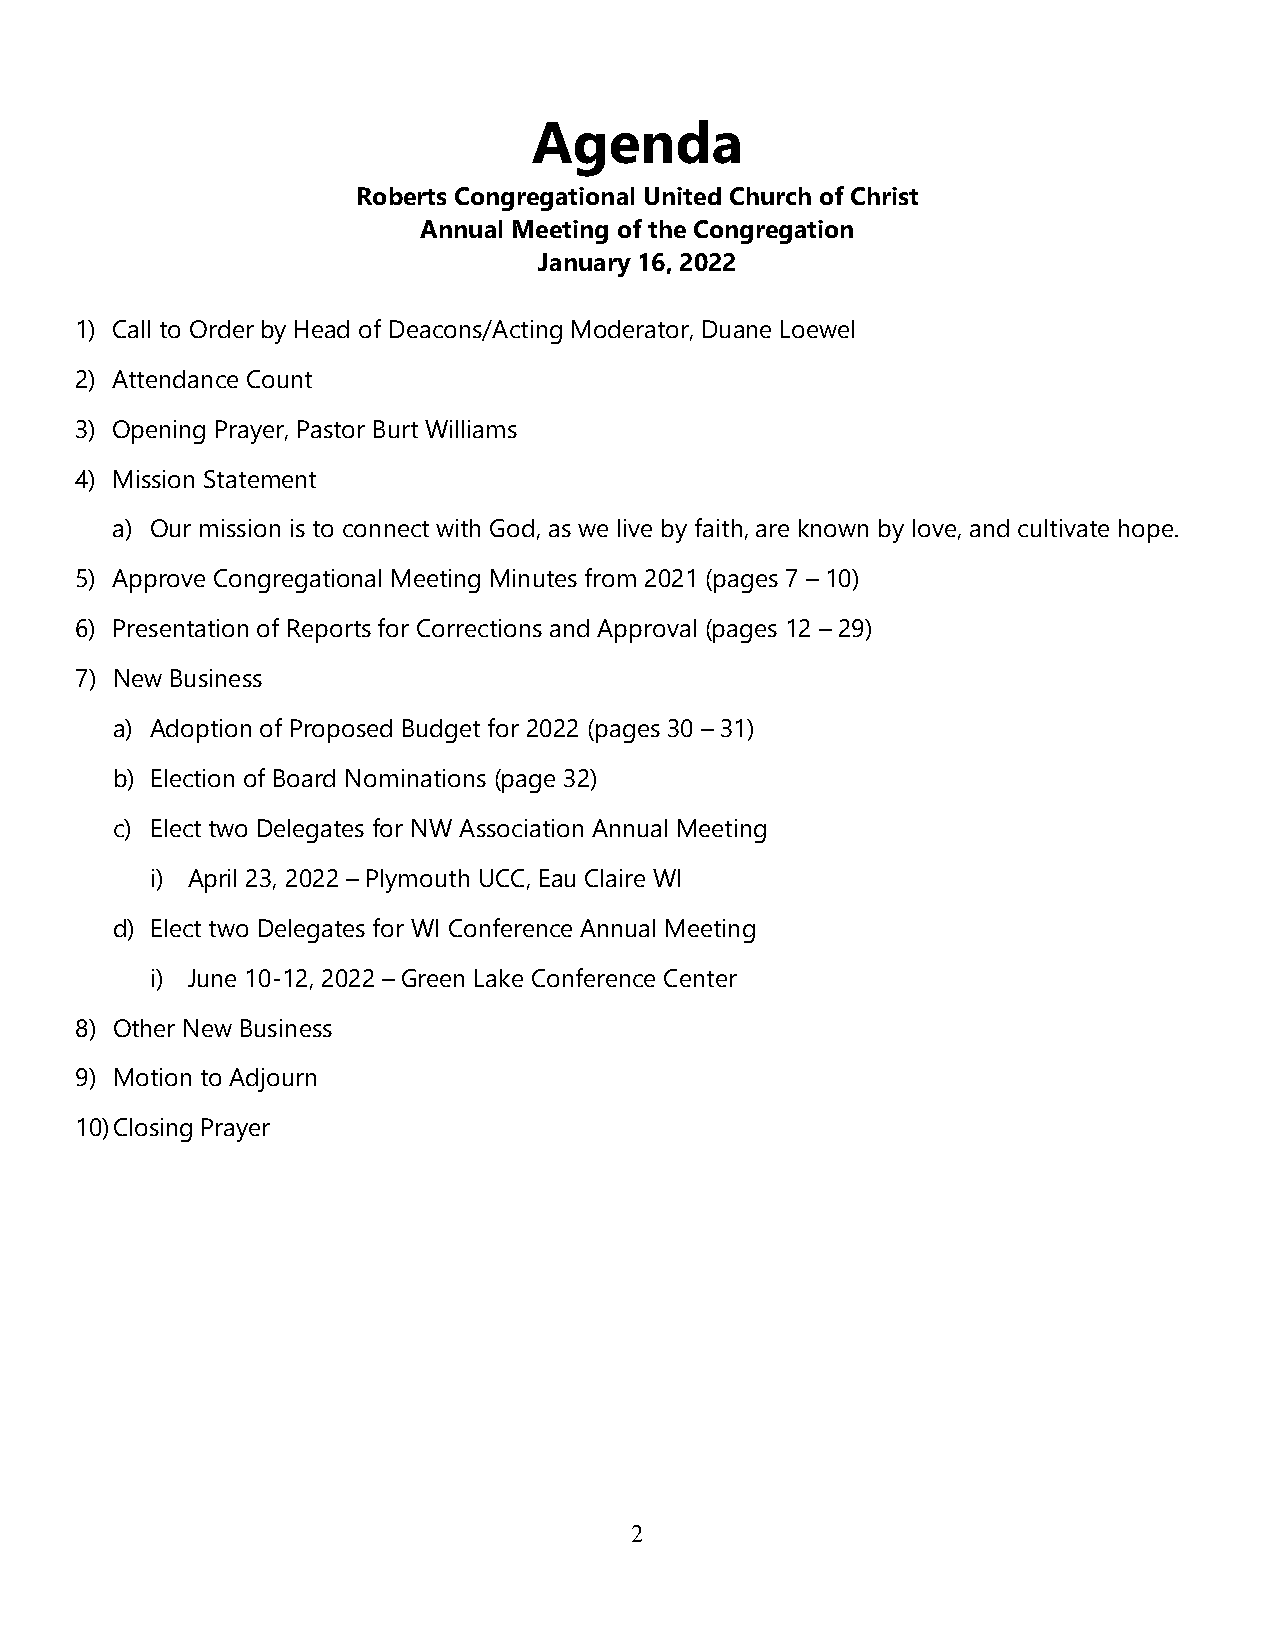
Agenda
 Roberts Congregational United Church of Christ
 Annual Meeting of the Congregation
 January 16, 2022
 1) Call to Order by Head of Deacons/Acting Moderator, Duane Loewel
 2) Attendance Count
 3) Opening Prayer, Pastor Burt Williams
 4) Mission Statement
 a) Our mission is to connect with God, as we live by faith, are known by love, and cultivate hope.
 5) Approve Congregational Meeting Minutes from 2021 (pages 7 – 10)
 6) Presentation of Reports for Corrections and Approval (pages 12 – 29)
 7) New Business
 a) Adoption of Proposed Budget for 2022 (pages 30 – 31)
 b) Election of Board Nominations (page 32)
 c) Elect two Delegates for NW Association Annual Meeting
 i) April 23, 2022 – Plymouth UCC, Eau Claire WI
 d) Elect two Delegates for WI Conference Annual Meeting
 i) June 10-12, 2022 – Green Lake Conference Center
 8) Other New Business
 9) Motion to Adjourn
 10) Closing Prayer
 2